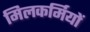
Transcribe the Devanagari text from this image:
मिलकर्मियों